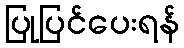
ပြုပြင်ပေးရန်